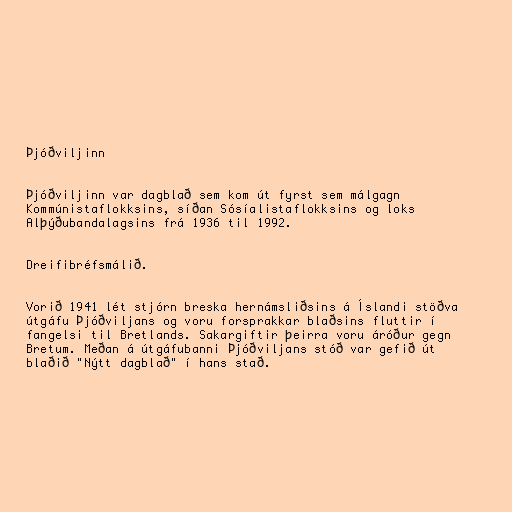
Þjóðviljinn

Þjóðviljinn var dagblað sem kom út fyrst sem málgagn
Kommúnistaflokksins, síðan Sósíalistaflokksins og loks
Alþýðubandalagsins frá 1936 til 1992.

Dreifibréfsmálið.

Vorið 1941 lét stjórn breska hernámsliðsins á Íslandi stöðva
útgáfu Þjóðviljans og voru forsprakkar blaðsins fluttir í
fangelsi til Bretlands. Sakargiftir þeirra voru áróður gegn
Bretum. Meðan á útgáfubanni Þjóðviljans stóð var gefið út
blaðið "Nýtt dagblað" í hans stað.